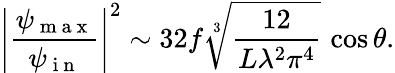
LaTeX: \left|\frac{\psi_{\mathrm{~m~a~x~}}}{\psi_{\mathrm{~i~n~}}}\right|^{2}\sim 32f\sqrt[3]{\frac{12}{L\lambda^{2}\pi^{4}}}\, \cos\theta.